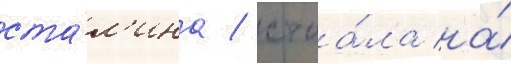
ста́л'ина / стоа́ла на́